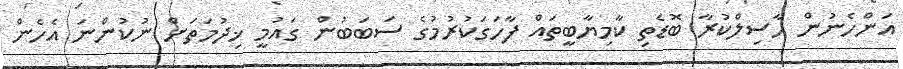
އަންހެނުން ހާސިލްކުރާ ބޮޑެތި ކާމިޔާބީތައް ފާހަގަކުރުމުގެ ސަބަބުން ގައުމީ ޚިދުމަތަށް ނުކުންނަ އެހެން